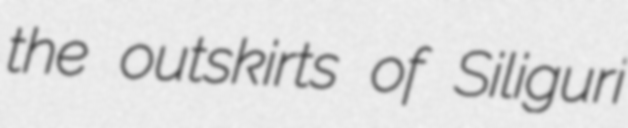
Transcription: the outskirts of Siliguri